Medical and sanitary report of the native army of Bengal for the year
Year: 1877
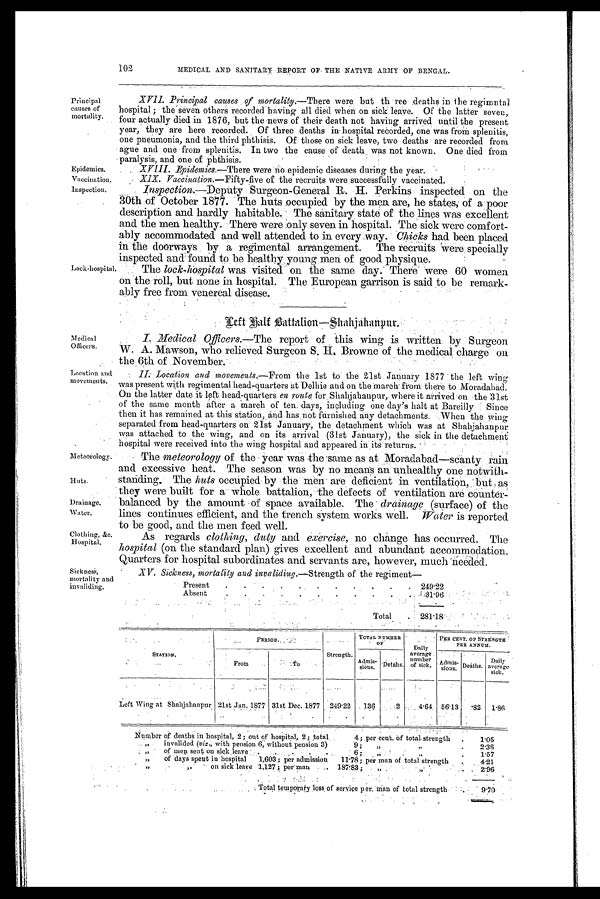
Principal.
causes of
mortality.
Epidemics.
Vaccination.
Inspection.
102
MEDICAL AND SANITARY REPORT OF THE NATIVE ARMY OF BENGAL.
Lock-hospital.
XVII. Principal causes mortality.— There were but three deaths in the regimntal
hospital ; the seven others recorded having all died when on sick leave. Of the latter seven,
four actually died in 1876, but the news of their death not having arrived until the present
year, they are here recorded. Of three deaths in- hospital recorded, one was from splenitis,
one pneumonia, and the third phthisis. Of those on sick leave, two deaths are recorded from
ague and one from splenitis. In two the cause of death, was not known. One died from
paralysis, and one of phthisis.
XVIII. Epidemics.—There
were no epidemic diseases during the year.
X I X . V a c c i n a t i o n . —
F i f t y - f i v eo
f t h e r e c r u i t s w e r e s u c c e s s f u l l y v a c c i n a t e d .
Inspection.—Deputy
Surgeon-General R. H. Perkins inspected on the
30th of October 1877. The huts occupied by the men are, he states; of a poor
description and hardly habitable. The sanitary state of the lines was excellent
and the men healthy. There were only seven in hospital. The sick were comfort-
ably accommodated and well attended to in every way. Chicks had been placed
in the doorways by a regimental arrangement. The recruits were, specially
inspected and found to be healthy young men of good physique.
The lock-hospital was visited on the same day. There were 60 women
on the roll, but none in hospital. The European garrison is said to be remark-
ably free from venereal disease.
Medical
Officers.
Location and
movements.
Meteorology.
Huts.
Drainage.
Water.
Clothing., &c
Hospital.
Sickness,
mortality and
invaliding.
Left Balf Battalion—Shahjahanpur.
I. Medical Officers.—The report of this wing is written by Surgeon
W. A. Mawson, who relieved Surgeon S. H. Browne of the medical charge on
the 6th of November.
II. Localion and movements.— From the 1st to the 21st January 1877 the left wing
was present with regimental head-quarters at Delhie and on the march from there to Moradabad.
On the latter date it left head-quarters en route for Shahjahanpur, where it arrived on the 31st
of the same month after a march of ten days, including one day's halt at Bareilly Since
then it has remained at this station, and has not furnished any detachments. When the wing
separated from head-quarters on 21st January, the detachment which was at Shahjahanpur
was attached to the wing, and on its arrival (31st January), the sick in the detachment
hospital were received into the wing hospital and appeared in its returns.
The meteorology of the year was the same as at Moradabad—scanty rain
and excessive heat. The season was by no means an unhealthy one notwith-
standing. The huts occupied by the men are deficient in ventilation, but as
they were built for a whole battalion, the defects of ventilation are counter-
balanced by the amount of space available. The drainage (surface) of the
lines continues efficient, and the trench system works well. Water is reported
to be good, and the men feed well.
As regards clothing, duty and exercise, no change has occurred. The
hospital (on the standard plan) gives excellent and abundant accommodation.
Quarters for hospital subordinates and servants are, however, much needed.
XV. Sickness, mortality and invaliding.— Strength
of the regiment—
Present
. . . . . . . . . . .
249.22
Absent
.
.
.
.
.
.
.
.
.
.
.
31.96
Total
.
281.18
STATION.
PERIOD.
Strength.
TOTAL NUMBER
O F
Daily
average
number
of sick.
PER CENT. OF STRENGTH
PER ANNUM.
From
To
Admis-
sions.
Detahs.
Admis-
sions.
Deaths.
Daily
average
sick.
Left Wing at Shahjahanpur 21st Jan. 1877 31st Dec. 1877
249.22
136
2
4.64
56.13
82
1.86
Number of deaths in hospital, 2; out of hospital, 2; total
4 ; per cent. of total strength
.
1.05
„
invalided (viz., with pension 6, without pension 3)
9;
„ „
.
2.36
„
of men sent on sick leave
.
.
. .
6;
„ „
.
1.57
„
of days spent in hospital 1,603 ; per admission
11.78 ; per man of total strength
4.21
„ „
' on sick leave 1,127 ; per man
.
187.83 ;
,,
„
. 2.96
Total temporary loss of service per man of total strength
.
9.70